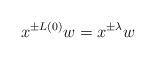
LaTeX: \begin{align*}x^{\pm L(0)}w&=x^{\pm \lambda}w\end{align*}